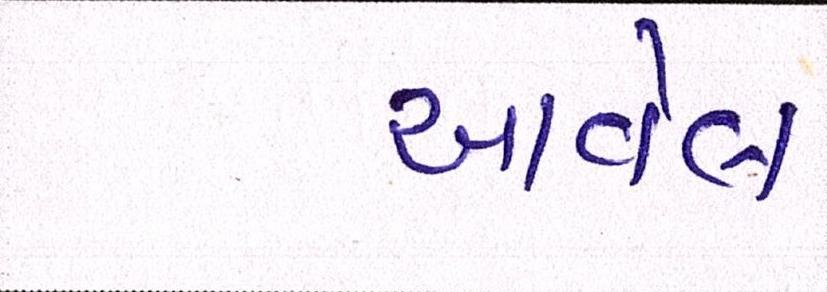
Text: આવેલ